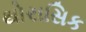
થોરાસિક